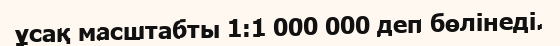
ұсақ масштабты 1:1 000 000 деп бөлінеді.